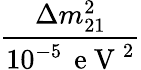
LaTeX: \frac{\Delta m_{21}^{2}}{10^{-5}\, \mathrm{~e~V~}^{2}}